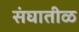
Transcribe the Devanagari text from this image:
संघातीळ